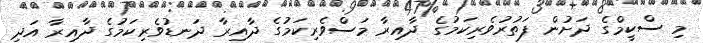
މި ސްކީމްގެ ދަށުން ފަތުރުވެރިކަމުގެ ދާއިރާ މަސްވެރިކަމުގެ ދާއިރާ ދަނޑުވެރިކަމުގެ ދާއިރާ އަދި